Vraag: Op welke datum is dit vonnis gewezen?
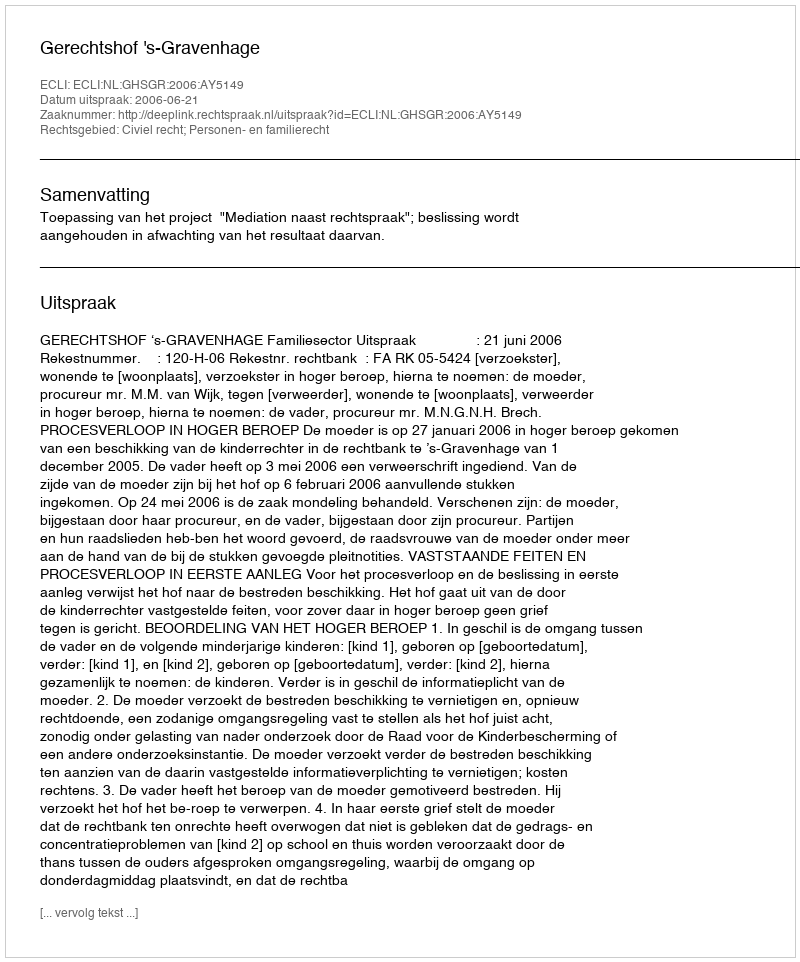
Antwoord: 2006-06-21